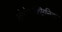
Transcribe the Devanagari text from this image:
क्लोरोसक्सिनिक